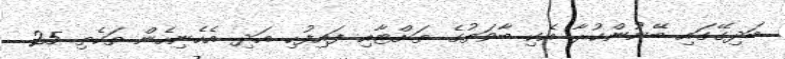
ބަދިގޭގައި ބޭނުންކުރާ އެކި ބާވަތުގެ ތަށްޓާއި ފައިފުހި އަދި އެހެނިހެން ތަކެތި 25